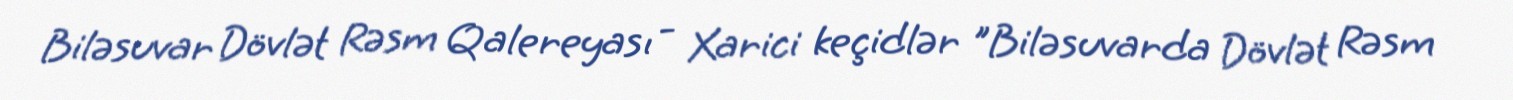
Biləsuvar Dövlət Rəsm Qalereyası - Xarici keçidlər "Biləsuvarda Dövlət Rəsm